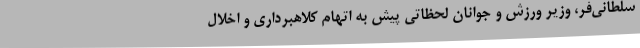
سلطانی‌فر، وزیر ورزش و جوانان لحظاتی پیش به اتهام کلاهبرداری و اخلال